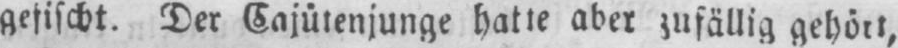
gefischt. Der Cajütenjunge hatte aber zufällig gehört,